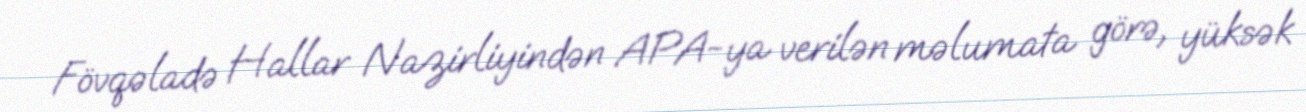
Fövqəladə Hallar Nazirliyindən APA-ya verilən məlumata görə, yüksək